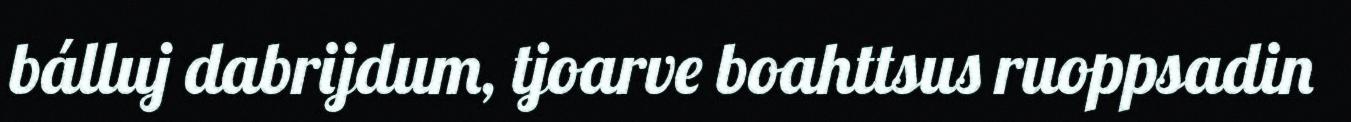
bálluj dabrijdum, tjoarve boahttsus ruoppsadin